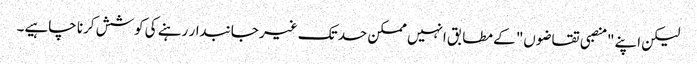
لیکن اپنے "منصبی تقاضوں" کے مطابق انہیں ممکن حد تک غیر جانبدار رہنے کی کوشش کرنا چاہیے۔